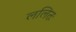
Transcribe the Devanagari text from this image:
ललितः